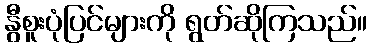
နွီစူးပုံပြင်များကို ရွတ်ဆိုကြသည်။